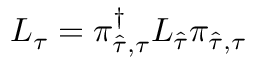
{ L } _ { { \tau } } = \pi _ { \widehat { \tau } , { \tau } } ^ { \dagger } { L } _ { \widehat { \tau } } \pi _ { \widehat { \tau } , { \tau } }